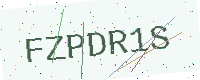
Text: FZPDR1S